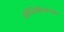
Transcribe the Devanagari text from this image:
अॅप्लिकेशनवर